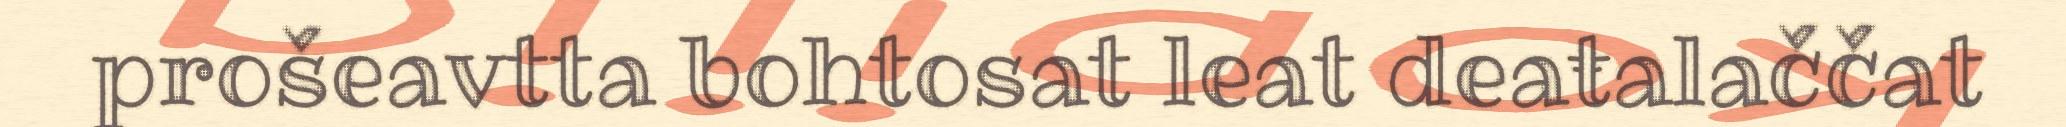
prošeavtta bohtosat leat deaŧalaččat